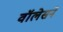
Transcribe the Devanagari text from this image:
वॉलेसने